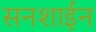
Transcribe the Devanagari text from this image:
सनशाईन